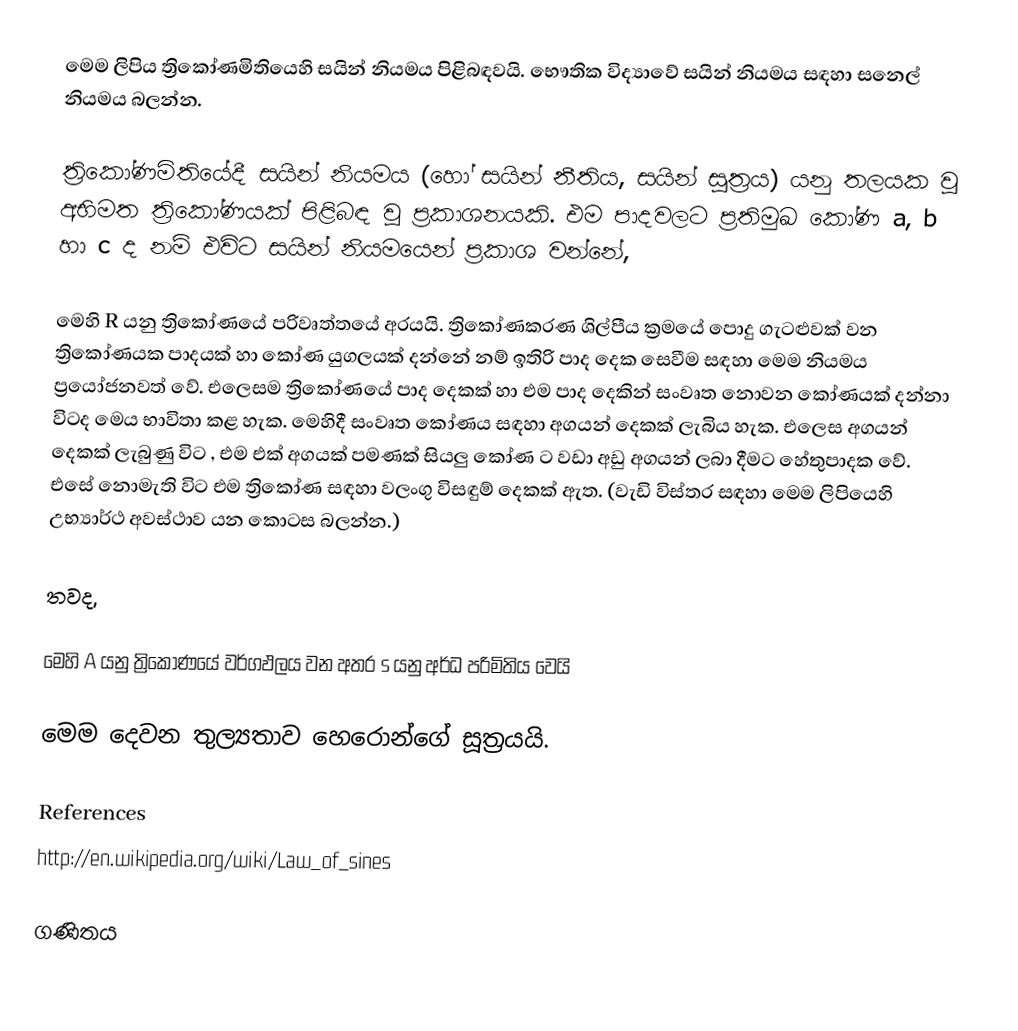
මෙම ලිපිය ත්‍රිකෝණමිතියෙහි  සයින් නියමය පිළිබඳවයි. භෞතික විද්‍යාවේ සයින් නියමය සඳහා ස‍නෙල් නියමය බලන්න.

ත්‍රිකෝණමිතියේදී සයින් නියමය (හෝ සයින් නීතිය, සයින් සූත්‍රය) යනු	 තලයක වූ අභිමත ත්‍රිකෝණයක් පිළිබඳ වූ ප්‍රකාශනයකි. එම පාදවලට ප්‍රතිමුඛ  කෝණ a, b හා c ද නම් එවිට සයින් නියමයෙන් ප්‍රකාශ වන්නේ,

මෙහි R යනු ත්‍රිකෝණයේ පරිවෘත්තයේ අරයයි. ත්‍රිකෝණකරණ ශිල්පීය ක්‍රමයේ පොදු ගැටළුවක් වන ත්‍රිකෝණයක පාදයක්  හා කෝණ යුගලයක් දන්නේ නම් ඉතිරි පාද දෙක සෙවීම සඳහා මෙම නියමය ප්‍රයෝජනවත් වේ. එලෙසම ත්‍රිකෝණයේ පාද දෙකක් හා එම පාද දෙකින් සංවෘත නොවන කෝණයක් දන්නා විටද  මෙය භාවිතා කළ හැක‍. මෙහිදී සංවෘත කෝණය සඳහා අගයන් දෙකක් ලැබිය හැක. එලෙස අගයන් දෙකක් ලැබුණු  විට , එම එක් අගයක් පමණක් සියලු කෝණ  ට වඩා අඩු අගයන් ලබා දීමට හේතුපාදක වේ. එසේ නොමැති විට එම ත්‍රිකෝණ සඳහා වලංගු විසඳුම් දෙකක් ඇත. (වැඩි විස්තර සඳහා මෙම ලිපියෙහි උභ්‍යාර්ථ අවස්ථාව යන කොටස බලන්න.)

තවද,

මෙහි A යනු ත්‍රිකෝණයේ වර්ගඵලය වන අතර  s යනු අර්ධ පරිමිතිය  වෙයි

මෙම දෙවන තුල්‍යතාව හෙරොන්ගේ සූත්‍රයයි.

References
http://en.wikipedia.org/wiki/Law_of_sines

ගණිතය